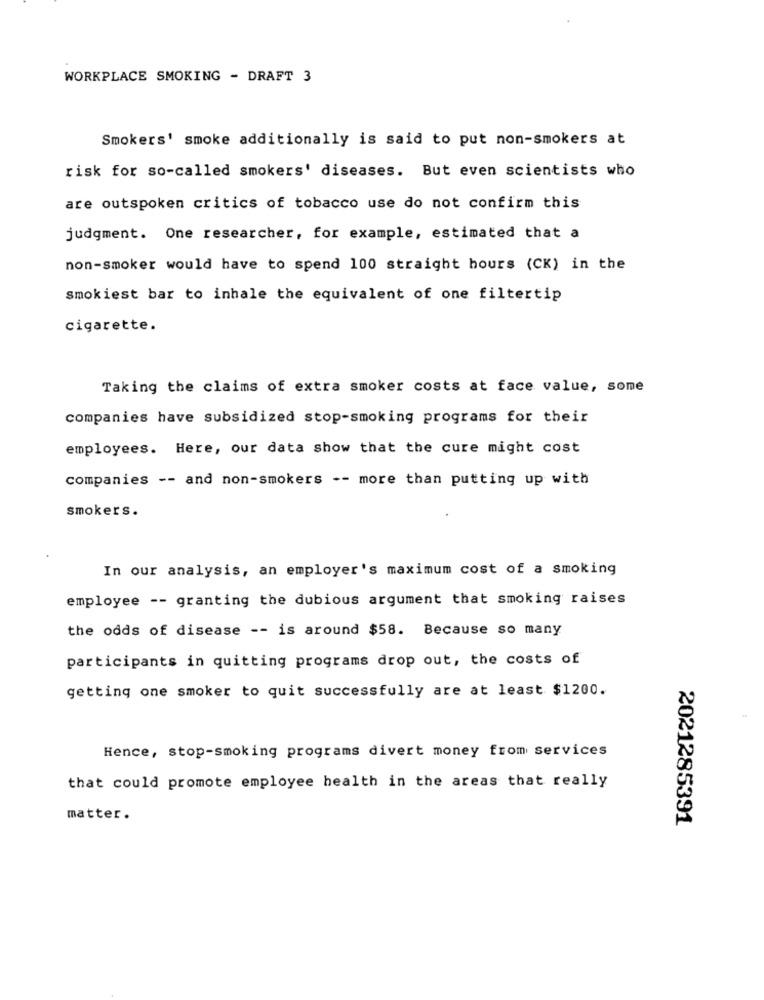
WORKPLACE SMOKING - DRAFT 3
Smokers' smoke additionally is said to put non-smokers at
risk for so-called smokers' diseases. But even scientists who
are outspoken critics of tobacco use do not confirm this
judgment. One researcher, for example, estimated that a
non-smoker would have to spend 100 straight hours (CK) in the
smokiest bar to inhale the equivalent of one filtertip
cigarette.
Taking the claims of extra smoker costs at face value, some
companies have subsidized stop-smoking programs for their
employees. Here, our data show that the cure might cost
companies -- and non-smokers -- more than putting up with
smokers.
In our analysis, an employer's maximum cost of a smoking
employee -- granting the dubious argument that smoking raises
the odds of disease -- is around $58. Because so many
participants in quitting programs drop out, the costs of
getting one smoker to quit successfully are at least $1200.
Hence, stop-smoking programs divert money from services
that could promote employee health in the areas that really
matter.
2021285391